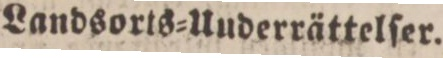
Landsorts=Underrättelſer.